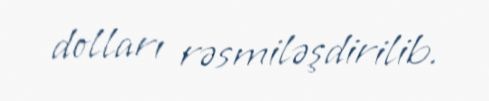
dolları rəsmiləşdirilib.